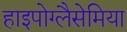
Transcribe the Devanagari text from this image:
हाइपोग्लैसेमिया